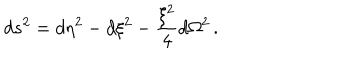
d s ^ { 2 } = d \eta ^ { 2 } - d \xi ^ { 2 } - \frac { \xi ^ { 2 } } { 4 } d \Omega ^ { 2 } \, .